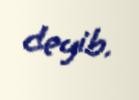
deyib.